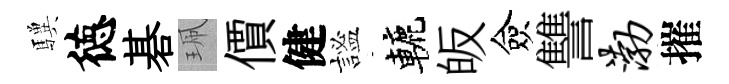
驥徳碁珮價健謐轆皈僉讐渤摧